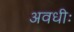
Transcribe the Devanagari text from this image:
अवधीः